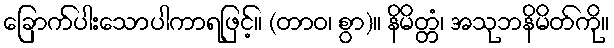
ခြောက်ပါးသောပါကာရဖြင့်။ (တာဝ၊ စွာ)။ နိမိတ္တံ၊ အသုဘနိမိတ်ကို။